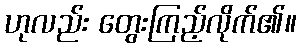
ဟုလည်း တွေးကြည့်လိုက်၏။